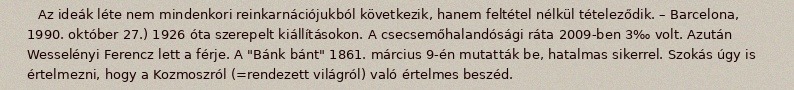
Az ideák léte nem mindenkori reinkarnációjukból következik, hanem feltétel nélkül tételeződik. – Barcelona, 1990. október 27.) 1926 óta szerepelt kiállításokon. A csecsemőhalandósági ráta 2009-ben 3‰ volt. Azután Wesselényi Ferencz lett a férje. A "Bánk bánt" 1861. március 9-én mutatták be, hatalmas sikerrel. Szokás úgy is értelmezni, hogy a Kozmoszról (=rendezett világról) való értelmes beszéd.